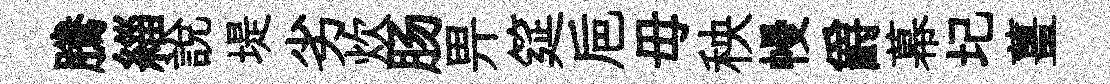
騰緇說堤劣炊肠畀筵巵毋秧幔爵幕圮薑